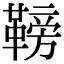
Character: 䩷